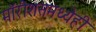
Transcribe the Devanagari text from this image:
मॉरीशसमध्येही